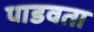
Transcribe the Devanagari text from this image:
पाडवता